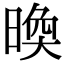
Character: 㬇